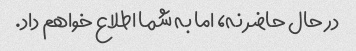
در حال حاضر نه، اما به شما اطلاع خواهم داد.